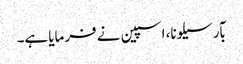
بآرسیلونا، اسپین نے فرمایا ہے۔